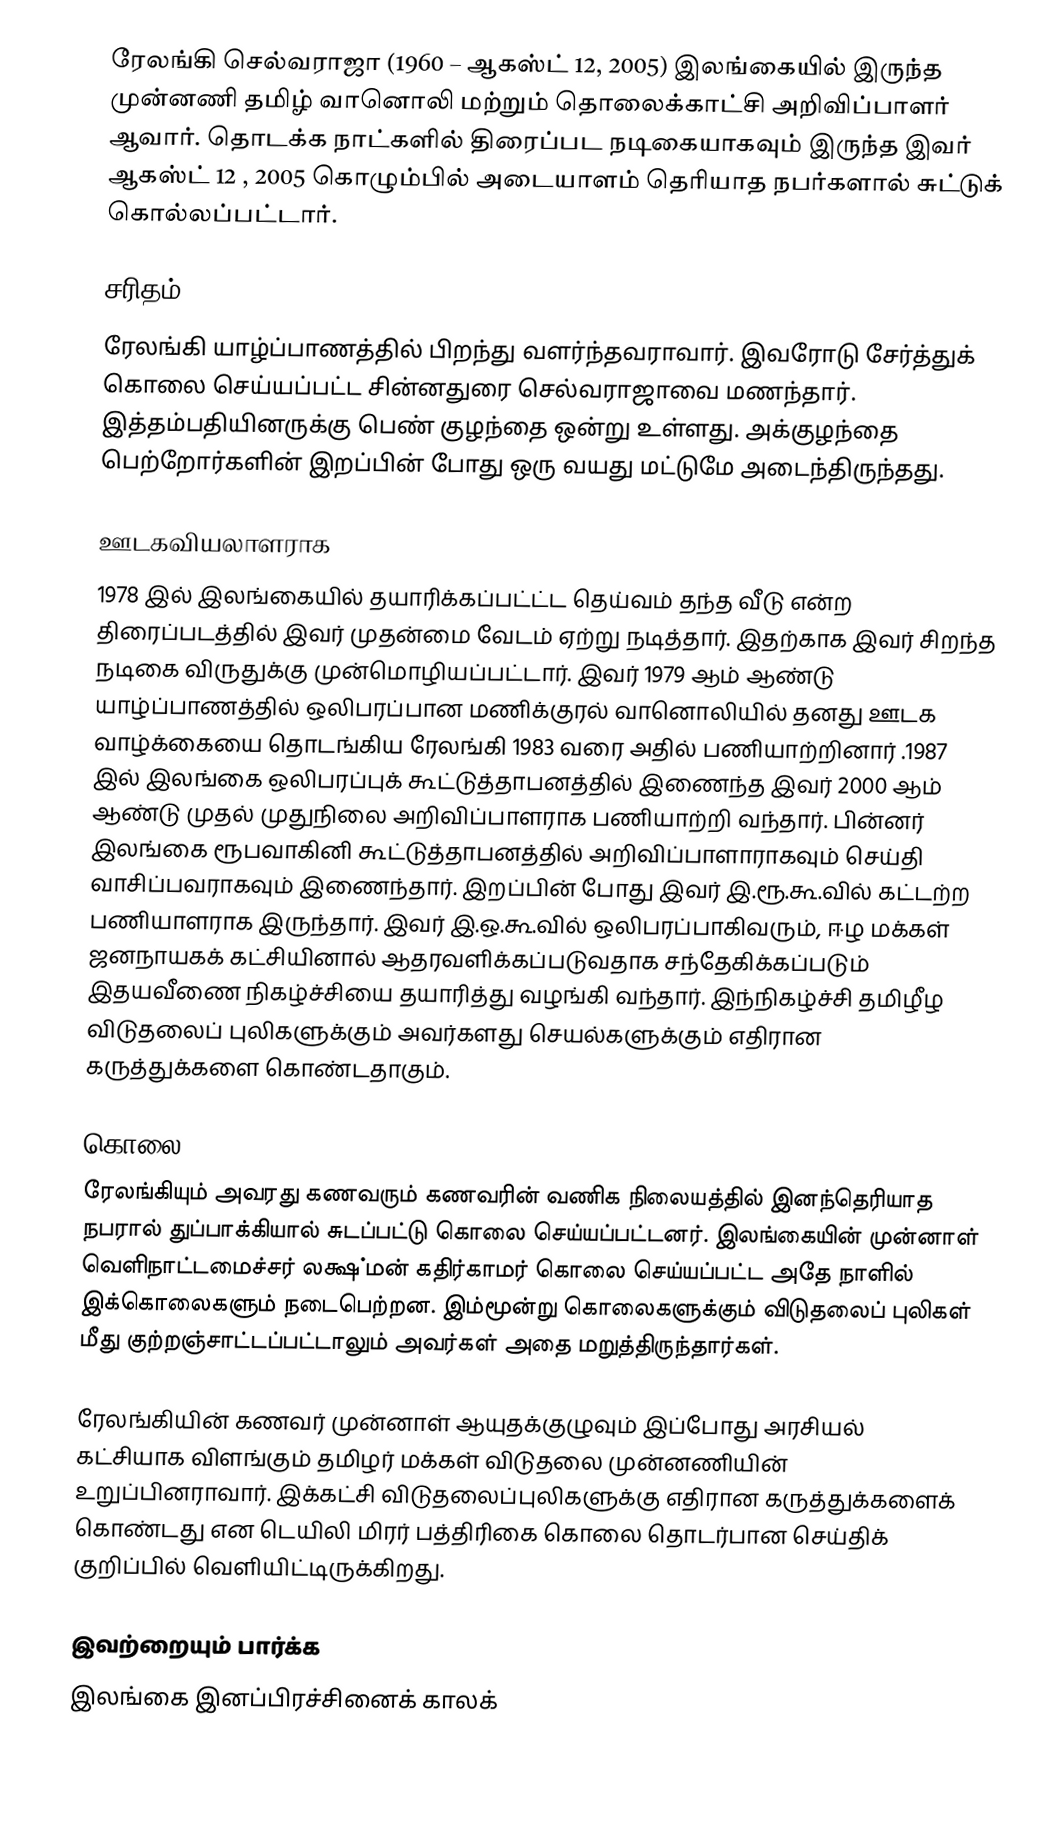
ரேலங்கி செல்வராஜா (1960 – ஆகஸ்ட் 12, 2005)  இலங்கையில் இருந்த முன்னணி தமிழ் வானொலி மற்றும் தொலைக்காட்சி அறிவிப்பாளர் ஆவார். தொடக்க நாட்களில் திரைப்பட நடிகையாகவும் இருந்த இவர் ஆகஸ்ட் 12 , 2005 கொழும்பில் அடையாளம் தெரியாத நபர்களால் சுட்டுக் கொல்லப்பட்டார்.

சரிதம்
ரேலங்கி யாழ்ப்பாணத்தில் பிறந்து வளர்ந்தவராவார். இவரோடு சேர்த்துக் கொலை செய்யப்பட்ட சின்னதுரை செல்வராஜாவை மணந்தார். இத்தம்பதியினருக்கு பெண் குழந்தை ஒன்று உள்ளது. அக்குழந்தை பெற்றோர்களின் இறப்பின் போது ஒரு வயது மட்டுமே அடைந்திருந்தது.

ஊடகவியலாளராக
1978 இல் இலங்கையில் தயாரிக்கப்பட்ட்ட தெய்வம் தந்த வீடு என்ற திரைப்படத்தில் இவர் முதன்மை வேடம் ஏற்று நடித்தார். இதற்காக இவர் சிறந்த நடிகை விருதுக்கு முன்மொழியப்பட்டார். இவர் 1979 ஆம் ஆண்டு யாழ்ப்பாணத்தில் ஒலிபரப்பான மணிக்குரல் வானொலியில் தனது ஊடக வாழ்க்கையை தொடங்கிய ரேலங்கி 1983 வரை அதில் பணியாற்றினார் .1987 இல் இலங்கை ஒலிபரப்புக் கூட்டுத்தாபனத்தில் இணைந்த இவர் 2000 ஆம் ஆண்டு முதல் முதுநிலை அறிவிப்பாளராக பணியாற்றி வந்தார். பின்னர் இலங்கை ரூபவாகினி கூட்டுத்தாபனத்தில் அறிவிப்பாளாராகவும் செய்தி வாசிப்பவராகவும் இணைந்தார். இறப்பின் போது இவர் இ.ரூ.கூ.வில் கட்டற்ற பணியாளராக இருந்தார். இவர் இ.ஒ.கூ.வில் ஒலிபரப்பாகிவரும், ஈழ மக்கள் ஜனநாயகக் கட்சியினால் ஆதரவளிக்கப்படுவதாக சந்தேகிக்கப்படும் இதயவீணை நிகழ்ச்சியை தயாரித்து வழங்கி வந்தார். இந்நிகழ்ச்சி தமிழீழ விடுதலைப் புலிகளுக்கும் அவர்களது செயல்களுக்கும் எதிரான கருத்துக்களை கொண்டதாகும்.

கொலை
ரேலங்கியும் அவரது கணவரும் கணவரின் வணிக நிலையத்தில் இனந்தெரியாத நபரால் துப்பாக்கியால் சுடப்பட்டு கொலை செய்யப்பட்டனர். இலங்கையின் முன்னாள் வெளிநாட்டமைச்சர் லக்ஷ்மன் கதிர்காமர் கொலை செய்யப்பட்ட அதே நாளில் இக்கொலைகளும் நடைபெற்றன. இம்மூன்று கொலைகளுக்கும் விடுதலைப் புலிகள் மீது குற்றஞ்சாட்டப்பட்டாலும் அவர்கள் அதை மறுத்திருந்தார்கள்.

ரேலங்கியின் கணவர் முன்னாள் ஆயுதக்குழுவும் இப்போது அரசியல் கட்சியாக விளங்கும் தமிழர் மக்கள் விடுதலை முன்னணியின் உறுப்பினராவார். இக்கட்சி விடுதலைப்புலிகளுக்கு எதிரான கருத்துக்களைக் கொண்டது என டெயிலி மிரர் பத்திரிகை கொலை தொடர்பான செய்திக் குறிப்பில் வெளியிட்டிருக்கிறது.

இவற்றையும் பார்க்க
இலங்கை இனப்பிரச்சினைக் காலக்